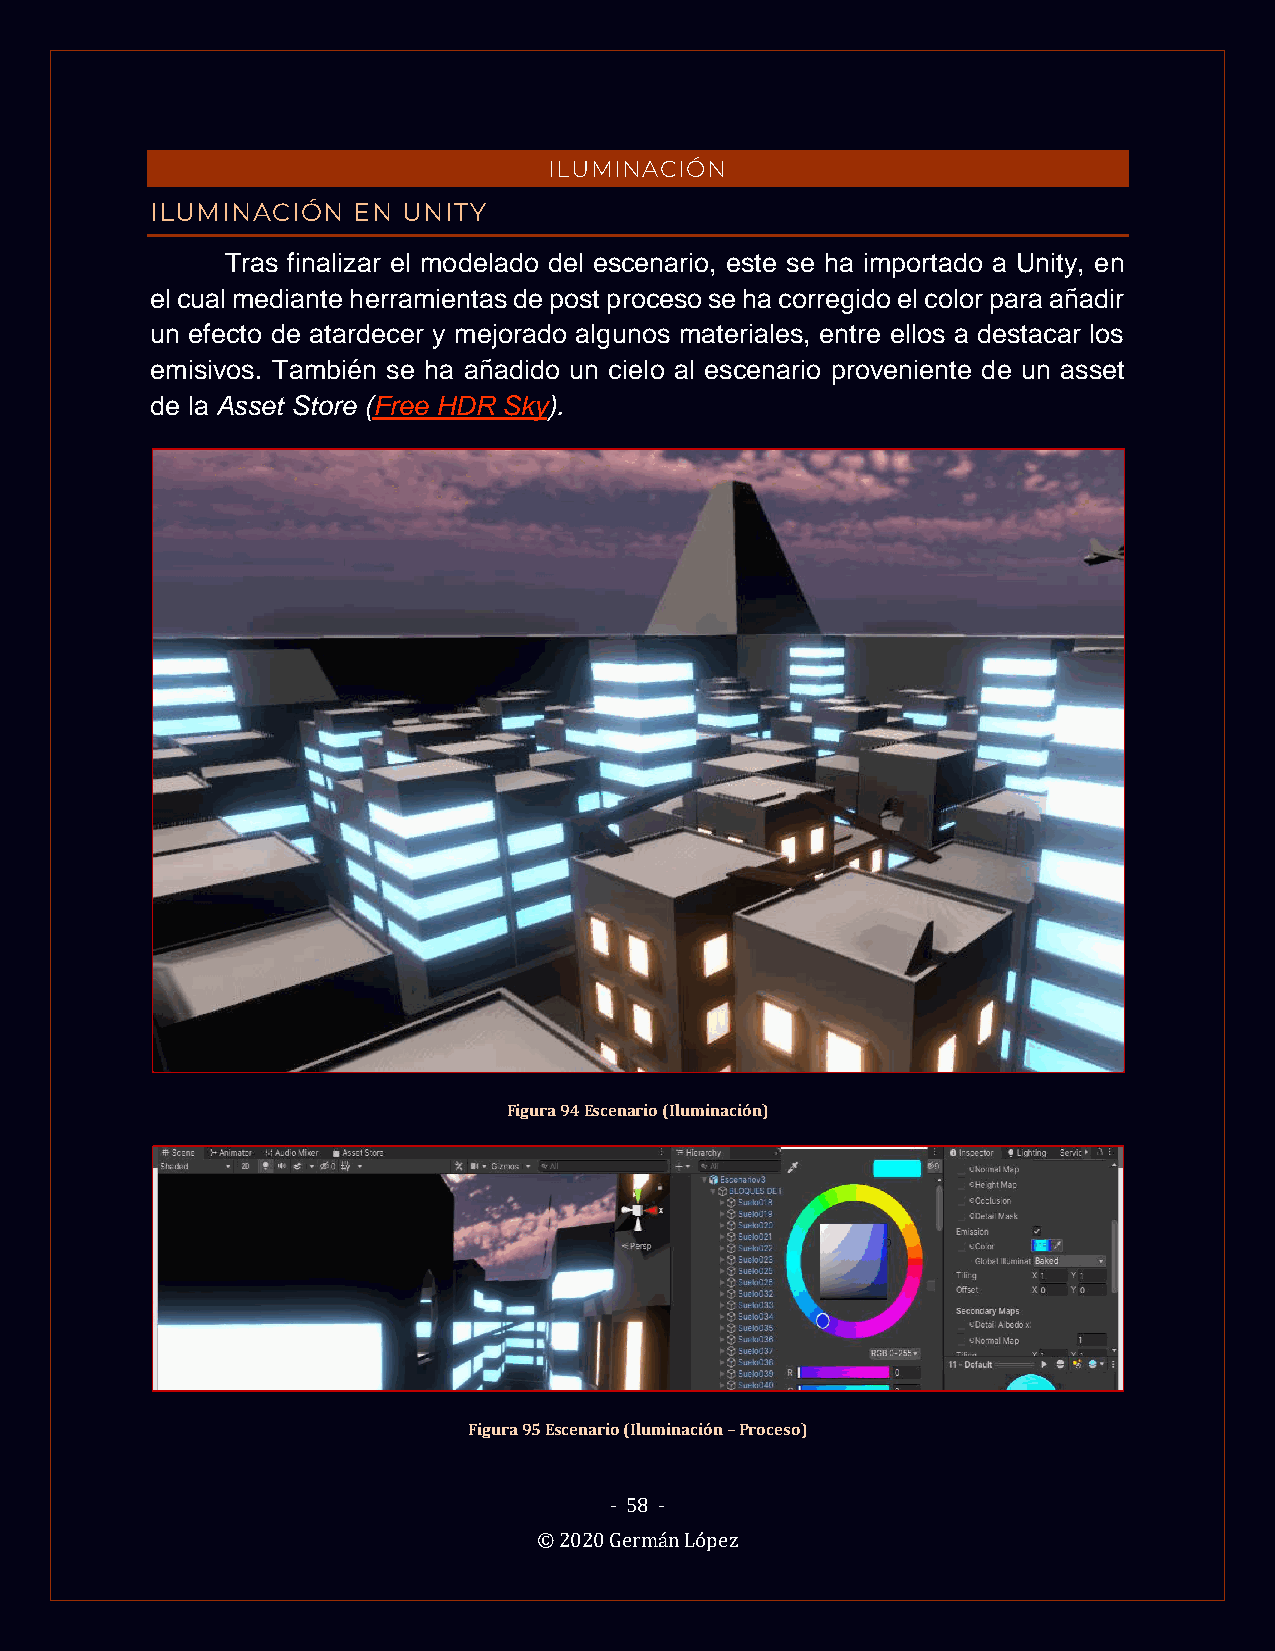
ILUMINACIÓN
 ILUMINACIÓN  EN  UNITY
 Tras finalizar el modelado del escenario, este se ha importado a Unity, en
 el cual mediante herramientas de post proceso se ha corregido el color para añadir
 un efecto de atardecer y mejorado algunos materiales, entre ellos a destacar los
 emisivos. También se ha añadido un cielo al escenario proveniente de un asset
 de la Asset Store (Free HDR Sky).
 Figura 94 Escenario (Iluminación)
 Figura 95 Escenario (Iluminación – Proceso)
 - 58 -
 © 2020 Germán López